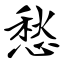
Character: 愁